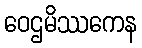
ဝေဌမိဿကေန